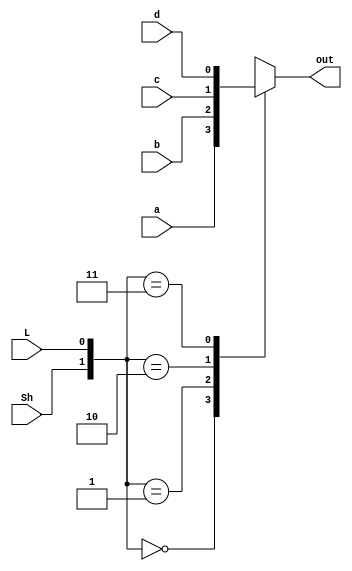
module mux4 (
    input wire a, b, c, d,
    input Sh, L,
    output reg out
);

    always @* begin
        case ({Sh, L})
            2'b00: out = a;
            2'b01: out = b;
            2'b10: out = c;
            2'b11: out = d;
        endcase
    end

endmodule

module shiftregister (
    input wire D0, D1, D2, D3,
    input wire SI, SH, L, CLK,
    output reg Q0, Q1, Q2, Q3
);

    wire mux_o0, mux_o1, mux_o2, mux_o3;

    mux4 fuu1(.a(Q3), .b(D3), .c(SI), .d(SI), .Sh(SH), .L(L), .out(mux_o3));
    mux4 fuu2(.a(Q2), .b(D2), .c(mux_o3), .d(mux_o3), .Sh(SH), .L(L), .out(mux_o2));
    mux4 fuu3(.a(Q1), .b(D1), .c(mux_o2), .d(mux_o2), .Sh(SH), .L(L), .out(mux_o1));
    mux4 fuu4(.a(Q0), .b(D0), .c(mux_o1), .d(mux_o1), .Sh(SH), .L(L), .out(mux_o0));

    always @ (negedge CLK) begin
        Q3 <= mux_o3;
        Q2 <= mux_o2;
        Q1 <= mux_o1;
        Q0 <= mux_o0;
    end

endmodule